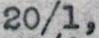
20/1,